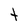
Character: t